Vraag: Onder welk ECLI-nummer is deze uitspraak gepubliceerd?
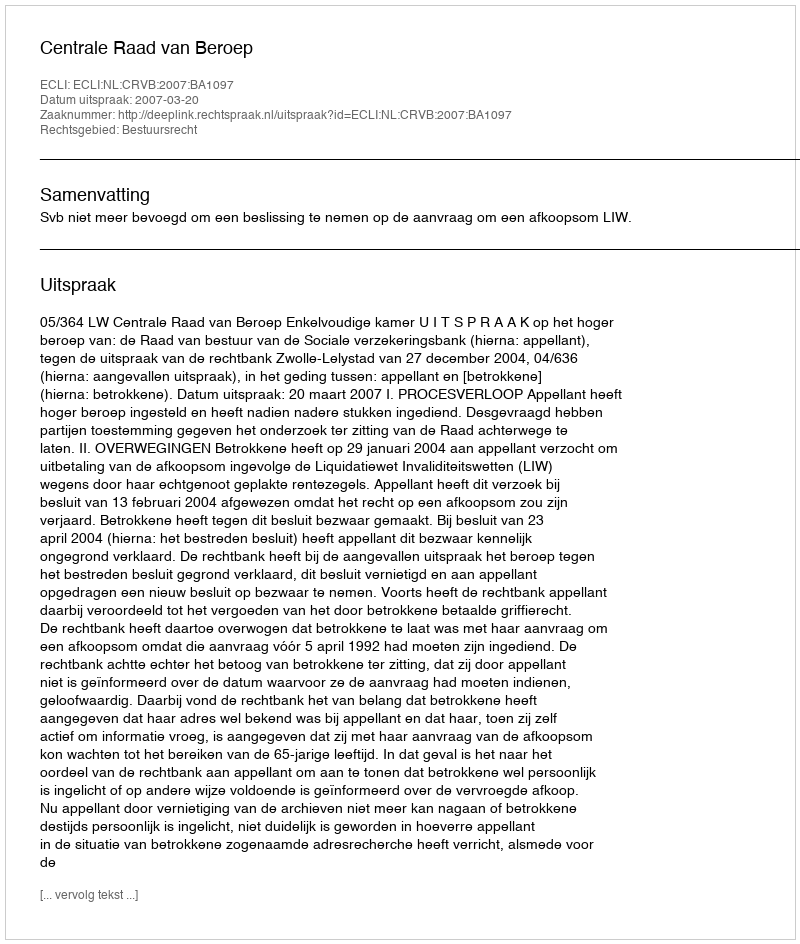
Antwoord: ECLI:NL:CRVB:2007:BA1097